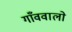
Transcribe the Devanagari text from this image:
गाँववालो